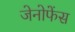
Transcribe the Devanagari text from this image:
जेनोफेंस